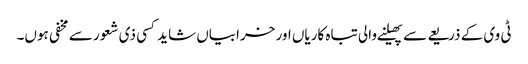
ٹی وی کے ذریعے سے پھیلنے والی تباہ کاریاں اور خرابیاں شاید کسی ذی شعور سے مخفی ہوں۔